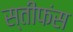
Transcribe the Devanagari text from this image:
स्तीफंस